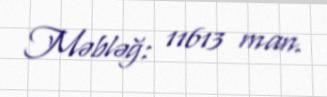
Məbləğ: 11613 man.